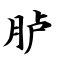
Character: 胪